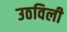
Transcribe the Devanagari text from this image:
उठविली